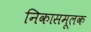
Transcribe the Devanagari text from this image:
निकासमूलक